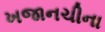
ખજાનચીના